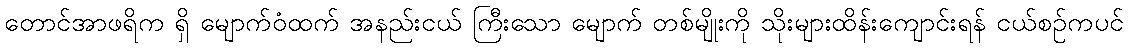
တောင်အာဖရိက ရှိ မျောက်ဝံထက် အနည်းငယ် ကြီးသော မျောက် တစ်မျိုးကို သိုးများထိန်းကျောင်းရန် ငယ်စဉ်ကပင်